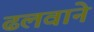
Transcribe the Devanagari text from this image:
ढलवाने